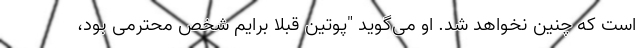
است که چنین نخواهد شد. او می‌گوید "پوتین قبلا برایم شخص محترمی بود،